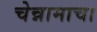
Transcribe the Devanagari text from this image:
चेन्नामाचा